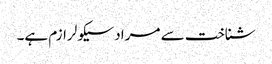
شناخت سے مراد سیکولرازم ہے۔